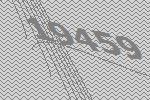
19459